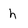
Character: h